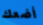
أضعك